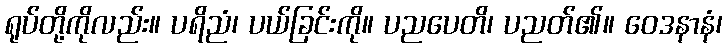
ရုပ်တို့ကိုလည်း။ ပရိညံ၊ ပယ်ခြင်းကို။ ပညပေတိ၊ ပညတ်၏။ ဝေဒနာနံ၊